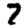
Digit: 7